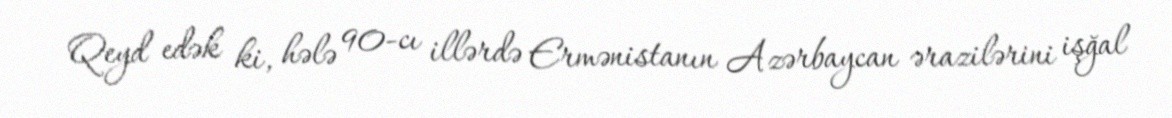
Qeyd edək ki, hələ 90-cı illərdə Ermənistanın Azərbaycan ərazilərini işğal